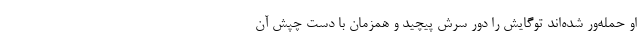
او حمله‌ور شده‌اند توگایش را دور سرش پیچید و همزمان با دست چپش آن